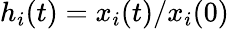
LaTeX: h_{i}(t)=x_{i}(t)/x_{i}(0)